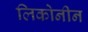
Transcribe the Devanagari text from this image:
लिकोनीन